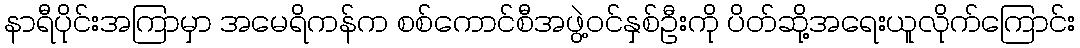
နာရီပိုင်းအကြာမှာ အမေရိကန်က စစ်ကောင်စီအဖွဲ့ဝင်နှစ်ဦးကို ပိတ်ဆို့အရေးယူလိုက်ကြောင်း